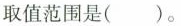
取值范围是( )。